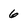
Character: 6